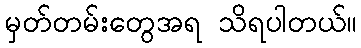
မှတ်တမ်းတွေအရ သိရပါတယ်။